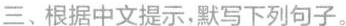
三、根据中文提示，默写下列句子。